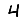
Digit: 4